Bréfritari: Sigríður Pálsdóttir
Viðtakandi: Páll Pálsson
Dagsetning: A-1863-02-22
Skrifað á: Breiðabólsstað  Rang.
Páll var bróðir Sigríðar

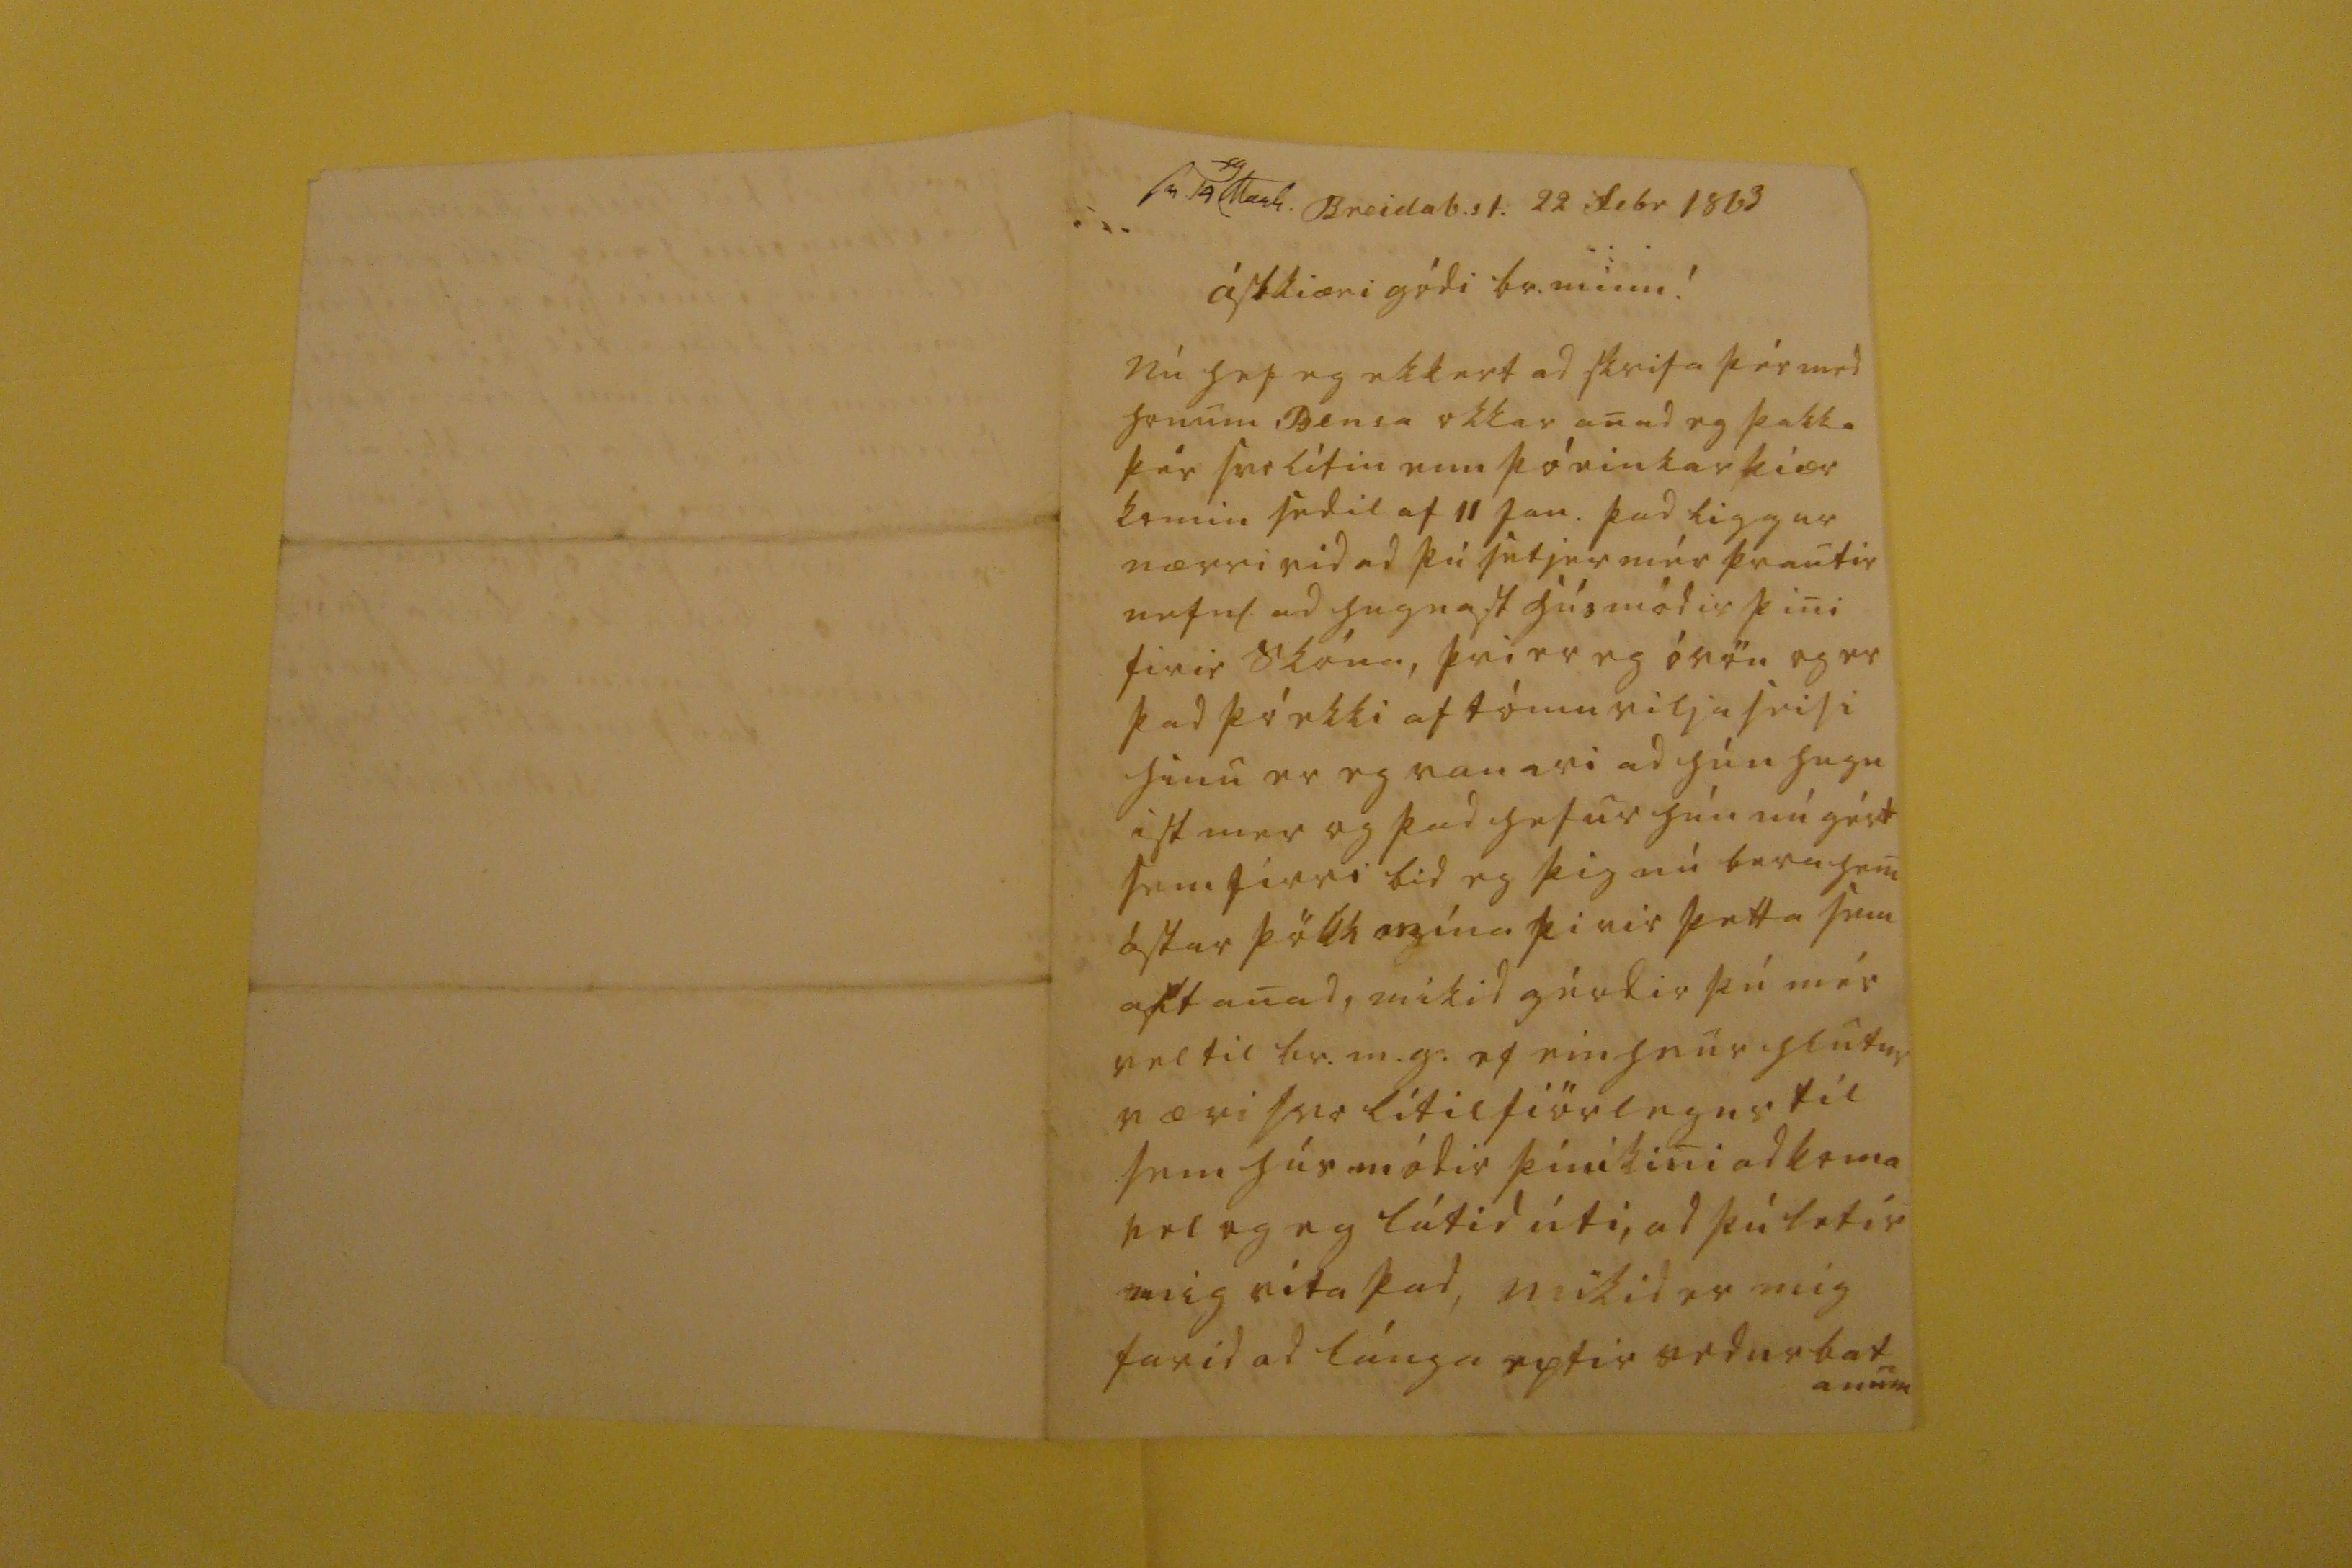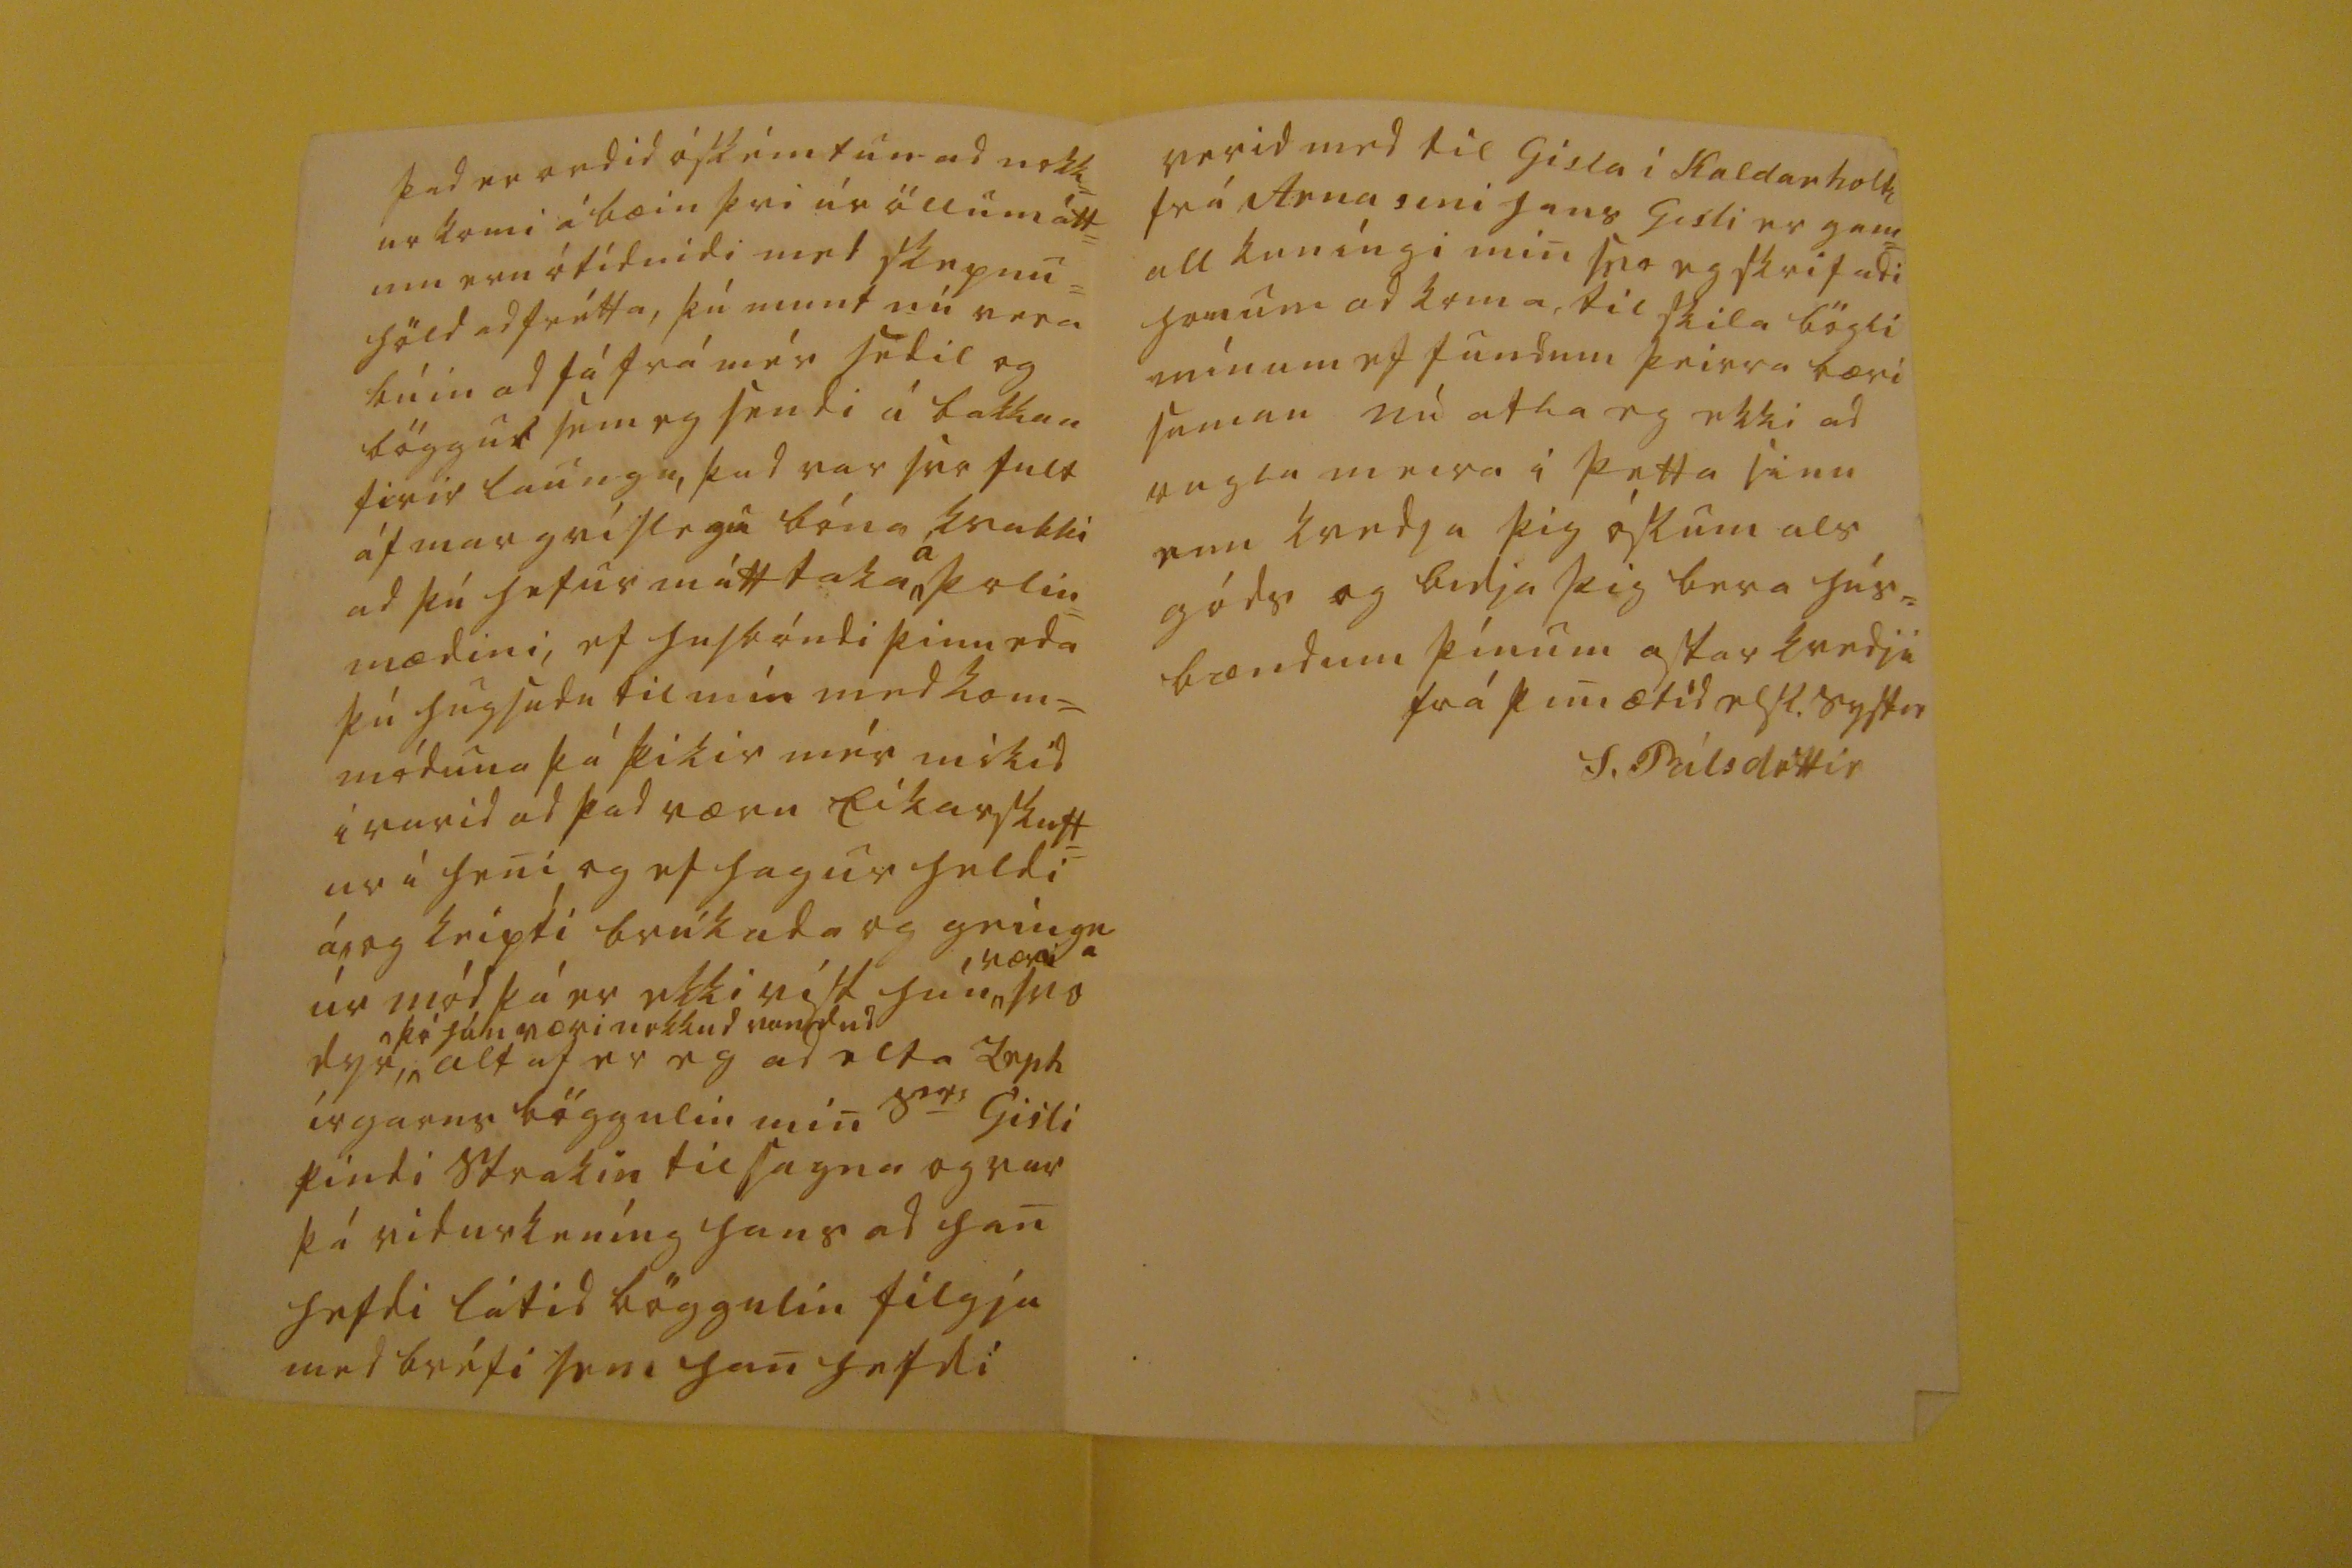

sv 19
00
Marh.
Breidab.st. 22 Febr 1863
ástkiæri gódi br. minn!
Nú hef eg ekkert ad skrifa þér med honum Bensa okkar anad eg þakka þér svolítin enn þó einkar kiær komin sedil af 11 Jan. þad liggur nærri vid ad þú setjir mér þrautir
nefnl
ad hugnast húsmódir þini firir skóna, þvi er eg óvön og er þad þó ekki af tómu viljaleisi hinu er eg vanari ad hún hugn ist mer og þad hefur hún nú gért sem firri bid eg þig nú bera heni ástar þökk mína firir þetta sein ast anad, mikid gérdir þú mér vel til br.m.g. ef einhvur hlutur væri svo lítilfiörlegur til sem húsmódir þini kini ad koma vel og eg látid úti, ad þú letir mig vita þad, mikid er mig farid ad lánga eptir vedurbatanum
þad er ordid óskémtun ad nokk= ur komi á bæin þvi úr öllum átt= um eru
ótídnidi
med skepnu= höld ad frétta, þú munt nú vera búin ad fá frá mér sedil og böggul sem eg sendi á bakkan firir laungu, þad var svo fult áf margri slegu bóna kvabbi ad þú hefur mátt taka
á
þolin= mædini, ef husbóndi þinn eda þú hugsudu til mín med kom= móduna þá þikir mér mikid i varid ad þad væru Eikarskuff= ur i heni og ef hagur heldi
á, og
keipti brúkada og geingna úr mód þá er ekki víst hún
væri
svo dyr,
þó hún væri nokkud vondud
altaf er eg ad elta
0ep0 irgarns
böggulin min s
er
Gisli pindi strakin til sagna og var þá vidurkeníng hans ad han hefdi látid böggulin filgja med bréfi sem han hefdi
verid med til Gisla i Kaldarholti frá Arna sini hans Gisli er gam= all kuníngi min svo eg skrifadi honum ad koma til skila bögli mínum ef fundum þeirra bæri saman nú atla eg ekki ad rugla meira i þetta sinn enn kvedja þig óskum als góds og bidja þig bera hús= bændum þínum astar kvedju
frá þini ætíd elsk. systir
S. Pálsdóttir